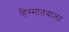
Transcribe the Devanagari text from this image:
हिम्मातवाला